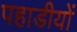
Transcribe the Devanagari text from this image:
पहाडीयों